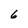
Character: 6